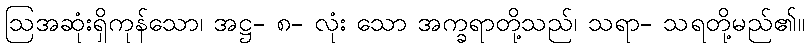
ဩအဆုံးရှိကုန်သော၊ အဋ္ဌ- ၈- လုံး သော အက္ခရာတို့သည်၊ သရာ- သရတို့မည်၏။